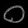
Digit: ၀